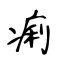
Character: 痢